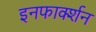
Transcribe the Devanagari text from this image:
इनफार्क्शन